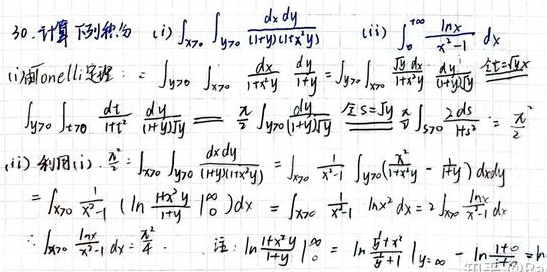
30. 计算下列积分：
(i) \(\int_{x = 0}^{\infty}\int_{y = 0}^{\infty}\frac{dxdy}{(1 + x y)(1 + x^{2})(1 + y^{2})}\)
(ii) \(\int_{0}^{\infty}\frac{\ln x}{x^{2}-1}dx\)

(i) 利用Tonelli定理：
\[
\begin{align*}
\int_{y = 0}^{\infty}\int_{x = 0}^{\infty}\frac{dx}{1 + x y}\frac{dy}{1 + y^{2}}&=\int_{y = 0}^{\infty}\left(\int_{x = 0}^{\infty}\frac{dx}{1 + x y}\right)\frac{dy}{1 + y^{2}}\\
&\text{令}t = xy,\text{则}x=\frac{t}{y},dx=\frac{dt}{y}\\
&=\int_{y = 0}^{\infty}\int_{t = 0}^{\infty}\frac{dt}{y(1 + t)}\frac{dy}{1 + y^{2}}\\
&=\int_{y = 0}^{\infty}\frac{dy}{y(1 + y^{2})}\int_{t = 0}^{\infty}\frac{dt}{1 + t}\\
&\text{令}s = y^{2},ds = 2ydy\\
&=\frac{\pi}{2}\int_{y = 0}^{\infty}\frac{dy}{1 + y^{2}}=\frac{\pi}{2}\cdot\frac{\pi}{2}=\frac{\pi^{2}}{4}
\end{align*}
\]

(ii) 利用(i)：
\[
\begin{align*}
\int_{x = 0}^{\infty}\frac{1}{x^{2}-1}\left(\int_{y = 0}^{\infty}\left(\frac{x}{1 + x^{2}y}-\frac{y}{1 + x y^{2}}\right)dydx\right)&=\int_{x = 0}^{\infty}\frac{1}{x^{2}-1}\left(\left[\ln\frac{1 + x^{2}y}{1 + xy^{2}}\right]_0^{\infty}\right)dx\\
&=\int_{x = 0}^{\infty}\frac{1}{x^{2}-1}\ln x^{2}dx = 2\int_{0}^{\infty}\frac{\ln x}{x^{2}-1}dx
\end{align*}
\]
\[
\int_{0}^{\infty}\frac{\ln x}{x^{2}-1}dx=\frac{\pi^{2}}{8}
\]
注：\(\left.\ln\frac{1 + x^{2}y}{1 + xy^{2}}\right|_{y = 0}^{\infty}=\ln\frac{x^{2}}{x}=\ln x\)